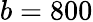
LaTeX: b=800